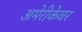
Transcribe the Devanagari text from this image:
अमेरीकेवर